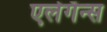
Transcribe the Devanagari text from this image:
एलेगॅन्स